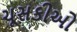
ચૂસકીઓ